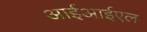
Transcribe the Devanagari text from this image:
आईआईएल